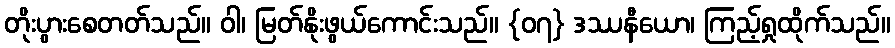
တိုးပွားစေတတ်သည်။ ဝါ၊ မြတ်နိုးဖွယ်ကောင်းသည်။ {၀၇} ဒဿနီယော၊ ကြည့်ရှုထိုက်သည်။